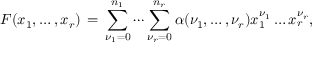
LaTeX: F ( x _ { 1 } , \ldots , x _ { r } ) \, = \, \sum _ { \nu _ { 1 } = 0 } ^ { n _ { 1 } } \cdots \sum _ { \nu _ { r } = 0 } ^ { n _ { r } } \alpha ( \nu _ { 1 } , \ldots , \nu _ { r } ) x _ { 1 } ^ { \nu _ { 1 } } \ldots x _ { r } ^ { \nu _ { r } } ,